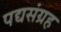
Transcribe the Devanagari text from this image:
पद्यसंग्रह